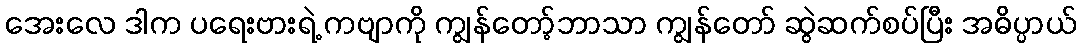
အေးလေ ဒါက ပရေးဗားရဲ့ ကဗျာကို ကျွန်တော့်ဘာသာ ကျွန်တော် ဆွဲဆက်စပ်ပြီး အဓိပ္ပာယ်